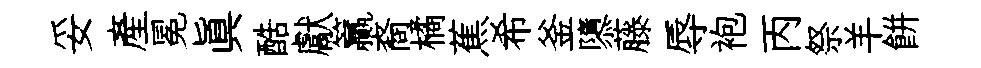
妥産冕眞酷獻籯裔橘蕉希釜隳藤辱袍丙祭羊餅